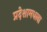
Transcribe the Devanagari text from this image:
प्रदेशामधला